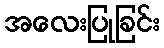
အလေးပြုခြင်း